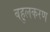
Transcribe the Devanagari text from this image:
बहुलकरण